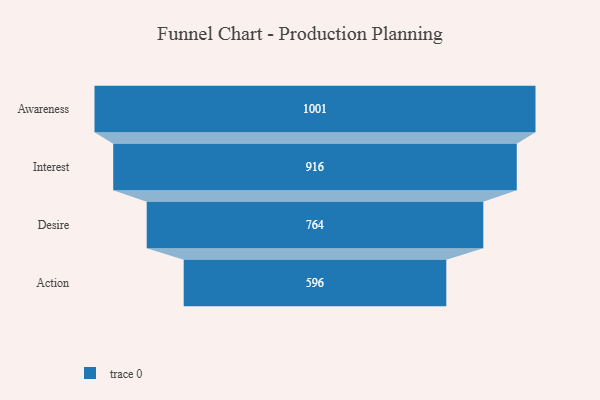
{"axis": {"x": "Stage", "y": "Value"}, "legend": [""], "data": [{"x": "Awareness", "y": 1001.0, "type": ""}, {"x": "Interest", "y": 916.0, "type": ""}, {"x": "Desire", "y": 764.0, "type": ""}, {"x": "Action", "y": 596.0, "type": ""}]}